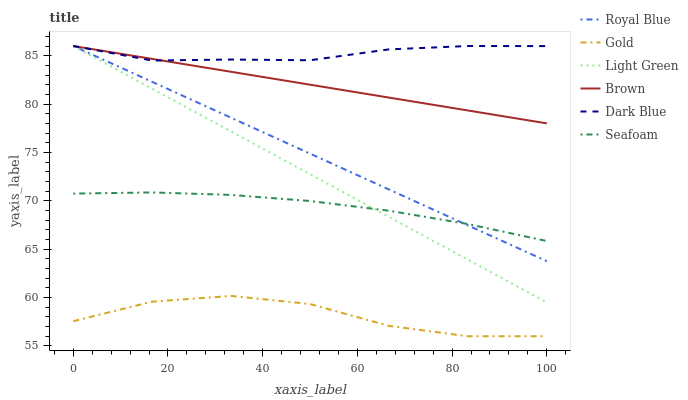
| xaxis_label | Royal Blue | Gold | Light Green | Brown | Dark Blue | Seafoam |
 | --- | --- | --- | --- | --- | --- | --- |
 | 0 | 86 | 57.6 | 86 | 86 | 86 | 70.7 |
 | 16.7 | 82.3 | 59.6 | 81.6 | 84.7 | 84.5 | 70.9 |
 | 33.3 | 78.6 | 60.2 | 77.2 | 83.3 | 84.6 | 70.6 |
 | 50 | 74.9 | 59.3 | 72.8 | 82 | 84.5 | 70 |
 | 66.7 | 71.2 | 57.1 | 68.3 | 80.7 | 85.7 | 69 |
 | 83.3 | 67.5 | 56 | 63.9 | 79.3 | 86 | 67.6 |
 | 100 | 63.8 | 56 | 59.5 | 78 | 86 | 65.8 |